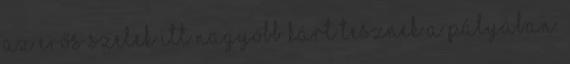
az erős szelek itt nagyobb kárt tesznek a pályában.